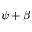
\psi + \beta